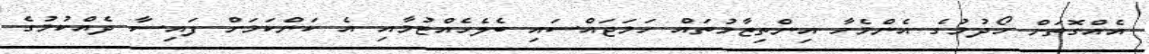
އެއްގޮތަށް ހޯދުމުގެ އެންމެހާ އިންތިޒާމުތައް ހަމަޖައްސައި ބެލެހެއްޓުމާއި އެ ކަންކަމަށް ފައިސާ ދެއްކުމުގެ